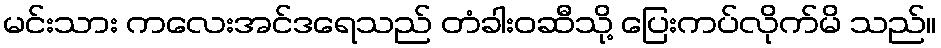
မင်းသား ကလေးအင်ဒရေသည် တံခါးဝဆီသို့ ပြေးကပ်လိုက်မိ သည်။